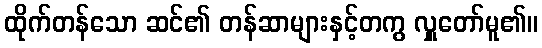
ထိုက်တန်သော ဆင်၏ တန်ဆာများနှင့်တကွ လှူတော်မူ၏။